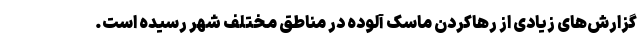
گزارش‌های زیادی از رهاکردن ماسک آلوده در مناطق مختلف شهر رسیده است.